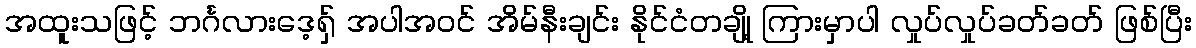
အထူးသဖြင့် ဘင်္ဂလားဒေ့ရှ် အပါအဝင် အိမ်နီးချင်း နိုင်ငံတချို့ ကြားမှာပါ လှုပ်လှုပ်ခတ်ခတ် ဖြစ်ပြီး